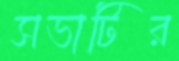
সভাটির